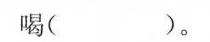
喝( )。